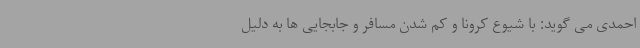
احمدی می گوید: با شیوع کرونا و کم شدن مسافر و جابجایی ها به دلیل